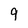
Character: 9